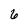
Character: 6